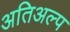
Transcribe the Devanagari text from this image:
अतिअल्प